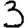
Digit: 3